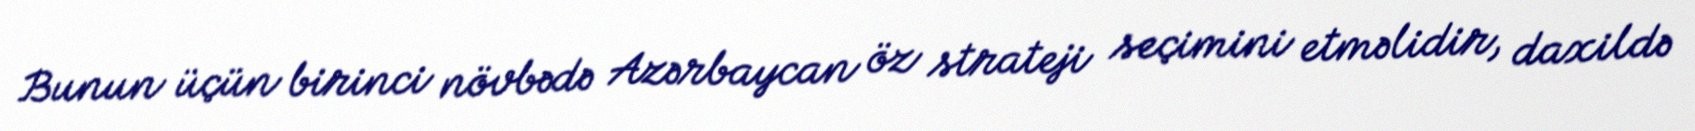
Bunun üçün birinci növbədə Azərbaycan öz strateji seçimini etməlidir, daxildə